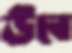
উবে